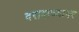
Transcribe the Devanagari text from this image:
दरावाज्यावर